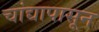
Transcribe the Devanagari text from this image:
चांद्यापासून